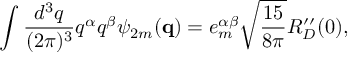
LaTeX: \int \frac { d ^ { 3 } q } { ( 2 \pi ) ^ { 3 } } q ^ { \alpha } q ^ { \beta } \psi _ { 2 m } ( { \bf q } ) = e _ { m } ^ { \alpha \beta } \sqrt { \frac { 1 5 } { 8 \pi } } R _ { D } ^ { \prime \prime } ( 0 ) ,